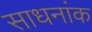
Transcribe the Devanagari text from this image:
साधनांक